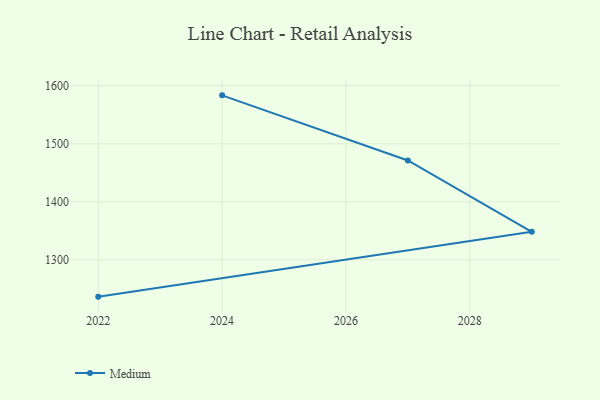
{"axis": {"x": "Year", "y": "Satisfaction Score"}, "legend": ["Medium"], "data": [{"x": "2022", "y": 1236.6, "type": "Medium"}, {"x": "2029", "y": 1348.4, "type": "Medium"}, {"x": "2027", "y": 1471.2, "type": "Medium"}, {"x": "2024", "y": 1583.4, "type": "Medium"}]}